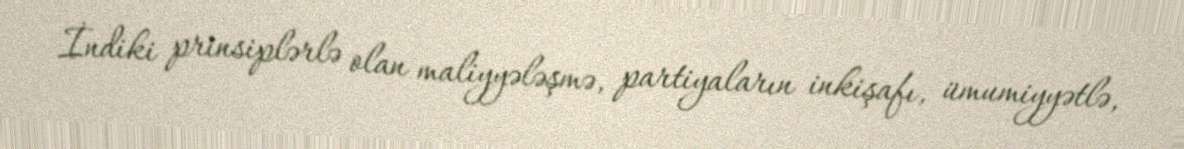
İndiki prinsiplərlə olan maliyyələşmə, partiyaların inkişafı, ümumiyyətlə,